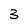
Character: 3